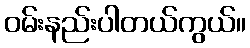
ဝမ်းနည်းပါတယ်ကွယ်။